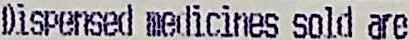
DISPENSED MEDICINES SOLD ARE